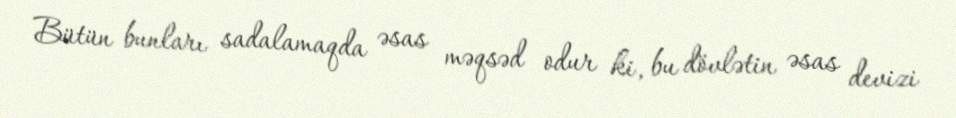
Bütün bunları sadalamaqda əsas məqsəd odur ki, bu dövlətin əsas devizi